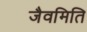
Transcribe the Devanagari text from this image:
जैवमिति